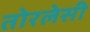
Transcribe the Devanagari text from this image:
तोरलेसी